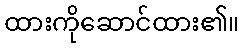
ထားကိုဆောင်ထား၏။